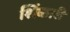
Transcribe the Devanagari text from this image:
शिंकारी